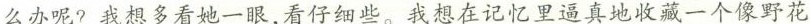
么办呢?我想多看她一眼，看仔细些。我想在记忆里逼真地收藏一个像野花